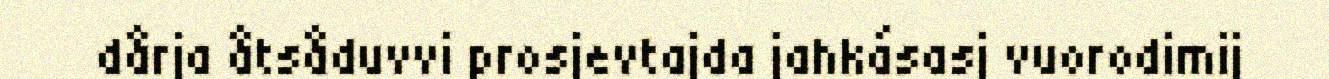
dårja åtsåduvvi prosjevtajda jahkásasj vuorodimij